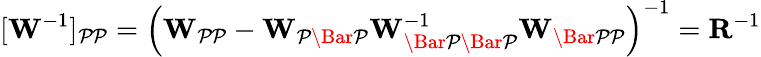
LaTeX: [\mathbf{W}^{-1}]_{\mathcal{PP}}=\left(\mathbf{W}_{\mathcal{PP}}-\mathbf{W}_{\mathcal{P\Bar{P}}}\mathbf{W}_{\mathcal{\Bar{P}\Bar{P}}}^{-1}\mathbf{W}_{\mathcal{\Bar{P}P}}\right)^{-1}=\mathbf{R}^{-1}